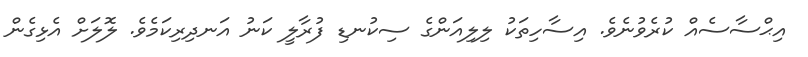
އިޙްސާސެއް ކުރެވުނެވެ. އިސާހިތަކު ލިލިއަންގެ ސިކުނޑި ފުރާލީ ކަނު އަނދިރިކަމެވެ. ލޮލަށް އެޅިގެން